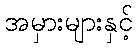
အမှားများနှင့်